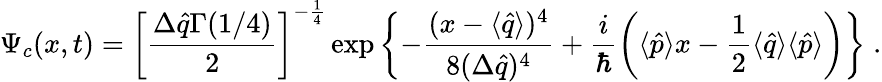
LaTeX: \Psi_{c}(x,t)=\left[\frac{\Delta\hat{q}\Gamma(1/4)}{2}\right]^{-\frac{1}{4}}\exp\left\{ -\frac{(x-\langle\hat{q}\rangle)^{4}}{8(\Delta\hat{q})^{4}}+\frac{i}{\hbar}\left(\langle\hat{p}\rangle x-\frac{1}{2}\langle\hat{q}\rangle\langle\hat{p}\rangle\right)\right\} \; .